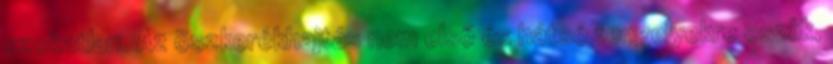
szokatlan. Az öszkerékhajtás nem első és hátsó tengelyekre oszlik,